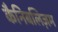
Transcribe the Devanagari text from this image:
कैनिबलिज़म